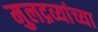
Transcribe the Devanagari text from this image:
मुलद्रव्यांच्या